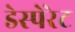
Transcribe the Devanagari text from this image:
डेस्पेरेट